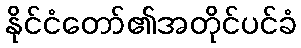
နိုင်ငံတော်၏အတိုင်ပင်ခံ